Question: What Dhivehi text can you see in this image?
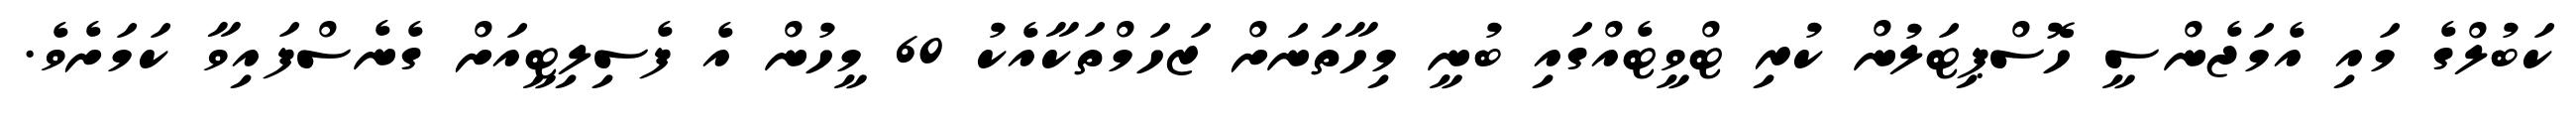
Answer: ކަބުލްގެ މައި އެމަޖެންސީ ހޮސްޕިޓަލުން ކުރި ޓްވީޓެއްގައި ބުނީ މިހާތަނަށް ޒަހަމްތަކާއެކު 60 މީހުން އެ ފެސިލިޓީއަށް ގެނެސްފައިވާ ކަމަށެވެ.